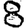
Digit: 8